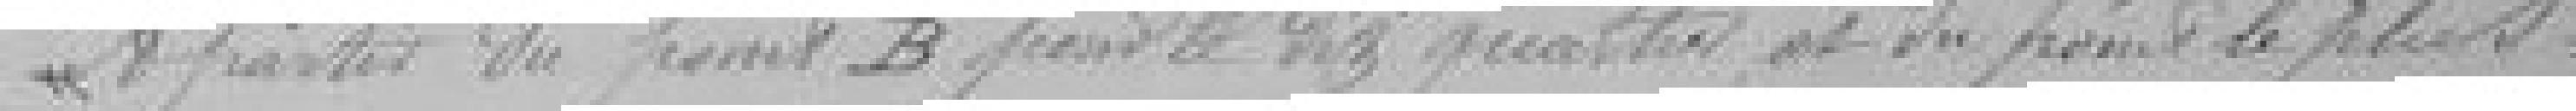
A partir du point B pour le dit quartier et du point le plus